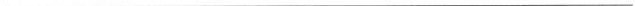
___